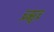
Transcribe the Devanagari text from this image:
च्र्ॠच्र्